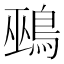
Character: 鵐